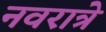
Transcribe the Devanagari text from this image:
नवरात्रे